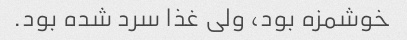
خوشمزه بود، ولی غذا سرد شده بود.